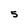
Character: 5